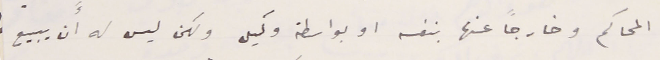
المحاكم وخارجاً عنها بنفسه او بواسطة وكيل ولكن ليس له أن يبيع